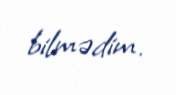
bilmədim.